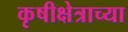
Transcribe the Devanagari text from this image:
कृषीक्षेत्राच्या